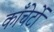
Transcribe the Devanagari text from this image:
काँचेर्टो